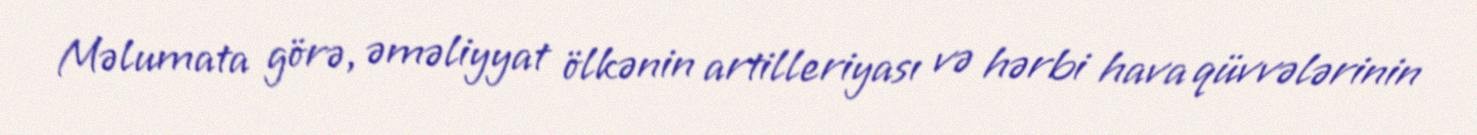
Məlumata görə, əməliyyat ölkənin artilleriyası və hərbi hava qüvvələrinin